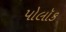
પોલૉક